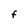
Character: F